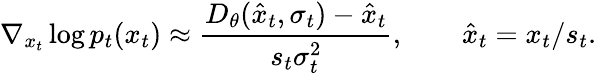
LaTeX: \nabla_{x_{t}}\log{p_{t}(x_{t})}\approx\frac{D_{\theta}(\hat{x}_{t},\sigma_{t})-\hat{x}_{t}}{s_{t}\sigma_{t}^{2}},\qquad\hat{x}_{t}=x_{t}/s_{t}.